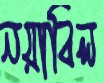
নয়াবিল